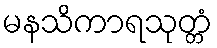
မနသိကာရသုတ္တံ